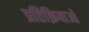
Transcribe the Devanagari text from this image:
प्रतिक्रियाआें